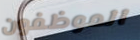
الموظفون